Civil Veterinary Dept. Assam report 1911-1927 - 1911-1927
Year: 1911
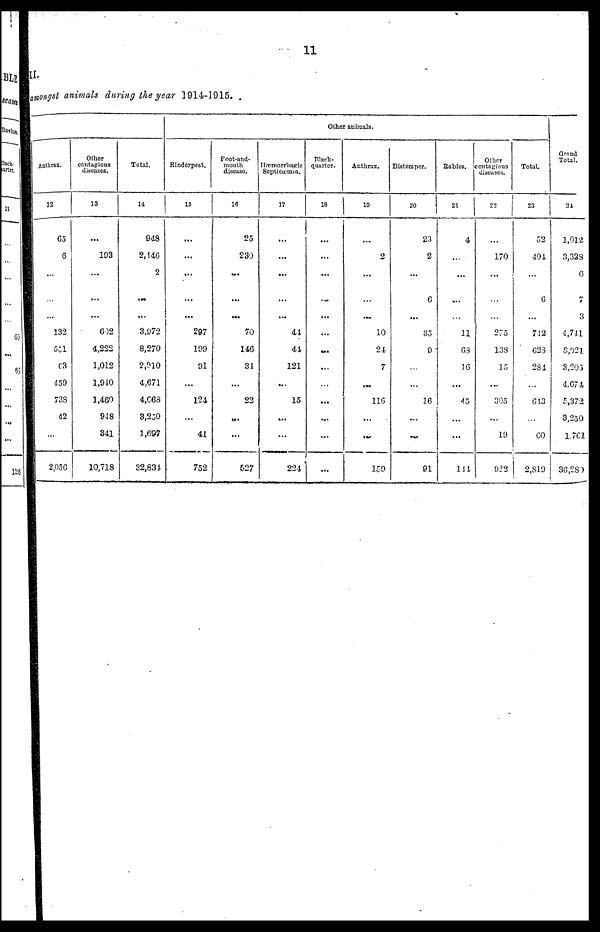
11
II.
amongst animals during the year 1914-1915. .
Anthrax.
12
65
6
...
...
132
551
C3
459
738
42
...
2,056
Other
contagious
diseases.
13
...
193
...
...
...
602
4,222
1,012
1,940
1,460
948
341
10,718
Total.
14
948
2,146
2
...
...
3,972
8,270
2,010
4,671
4,063
3,250
1,697
32,831
Other animals.
Rinderpest.
15
...
...
...
...
297
199
91
...
124
...
41
752
Foot-and-
mouth
disease
16
25
230
...
...
...
70
146
31
....
22
...
...
527
Hæmorrhagie
Septicæmia.
17
...
...
...
...
...
44
44
121
...
15
...
...
224
Black-
quarter.
18
...
...
...
...
...
...
...
...
...
...
...
...
Anthrax.
10
2
...
...
...
10
24
7
...
116
...
...
159
Distemper.
20
23
2
...
6
...
35
9
...
...
16
...
...
91
Rabies.
21
4
...
...
....
...
11
63
16
...
45
...
...
144
Other
contagious
diseases.
22
170
...
...
...
275
138
15
...
305
...
19
922
Total.
23
52
401
...
6
...
712
628
281
...
613
...
60
2,819
Grand
Total.
24
1,012
3,328
6
7
3
4,711
8,021
3,205
4,674
5,372
3,250
1,761
36,281